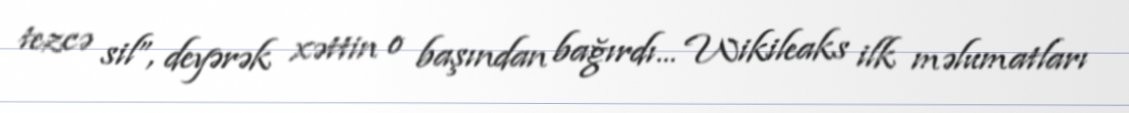
tezcə sil”, deyərək xəttin o başından bağırdı... Wikileaks ilk məlumatları